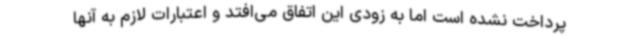
پرداخت نشده است اما به زودی این اتفاق می‌افتد و اعتبارات لازم به آنها